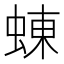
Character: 蝀